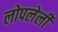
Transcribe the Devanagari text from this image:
लोपलेली